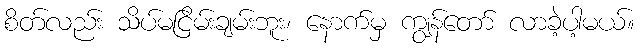
စိတ်လည်း သိပ်မငြိမ်းချမ်းဘူး၊ နောက်မှ ကျွန်တော် လာခဲ့ပါ့မယ်။